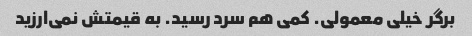
برگر خیلی معمولی. کمی هم سرد رسید. به قیمتش نمی‌ارزید